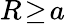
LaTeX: R\! \geq\! a